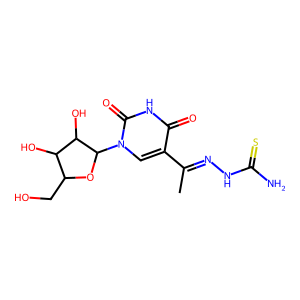
SMILES: CC(=NNC(N)=S)c1cn(C2OC(CO)C(O)C2O)c(=O)[nH]c1=O
Inhibits HIV replication: No